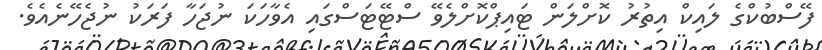
ފޭސްބުކްގެ ލައިކް އިތުރު ކޮށްލަން ޓައިޕްކޮށްލެވޭ ސްޓޭޓަސްގައި އެވާހަކަ ނުޖަހާ ފަރަކު ނުޖެހޭނެއެވެ.